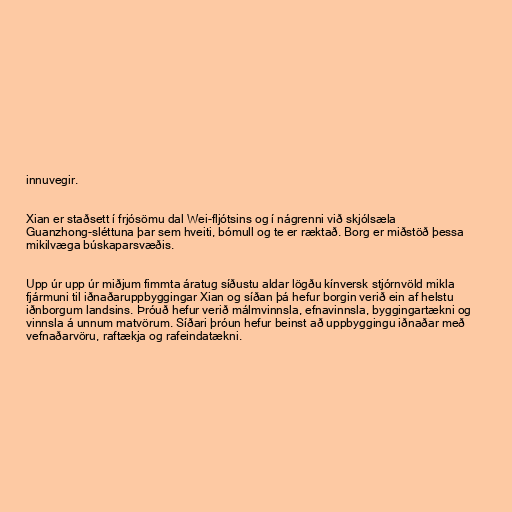
innuvegir.

Xian er staðsett í frjósömu dal Wei-fljótsins og í nágrenni við skjólsæla
Guanzhong-sléttuna þar sem hveiti, bómull og te er ræktað. Borg er miðstöð þessa
mikilvæga búskaparsvæðis.

Upp úr upp úr miðjum fimmta áratug síðustu aldar lögðu kínversk stjórnvöld mikla
fjármuni til iðnaðaruppbyggingar Xian og síðan þá hefur borgin verið ein af helstu
iðnborgum landsins. Þróuð hefur verið málmvinnsla, efnavinnsla, byggingartækni og
vinnsla á unnum matvörum. Síðari þróun hefur beinst að uppbyggingu iðnaðar með
vefnaðarvöru, raftækja og rafeindatækni.